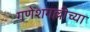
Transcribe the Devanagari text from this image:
गणेशगल्लीच्या